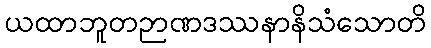
ယထာဘူတဉာဏဒဿနာနိသံသောတိ